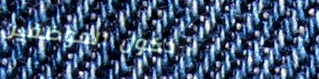
دخول الموظفين